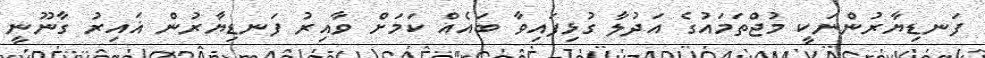
ފަނޑިޔާރުންނަކީ މުޖްތަމައުގެ އަދުލާ ގުޅިފައިވާ ބައެއް ކަމަށް ވާއިރު ފަނޑިޔާރުން ޣައިރު ގާނޫނީ